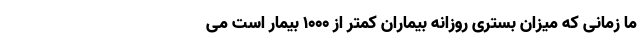
ما زمانی که میزان بستری روزانه بیماران کمتر از ۱۰۰۰ بیمار است می‌